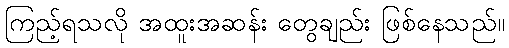
ကြည့်ရသလို အထူးအဆန်း တွေချည်း ဖြစ်နေသည်။